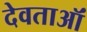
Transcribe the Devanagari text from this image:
देवताऑं